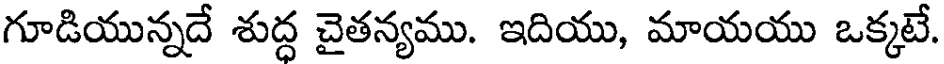
గూడియున్నదే శుద్ద చైతన్యము. ఇదియు, మాయయు ఒక్కటే.